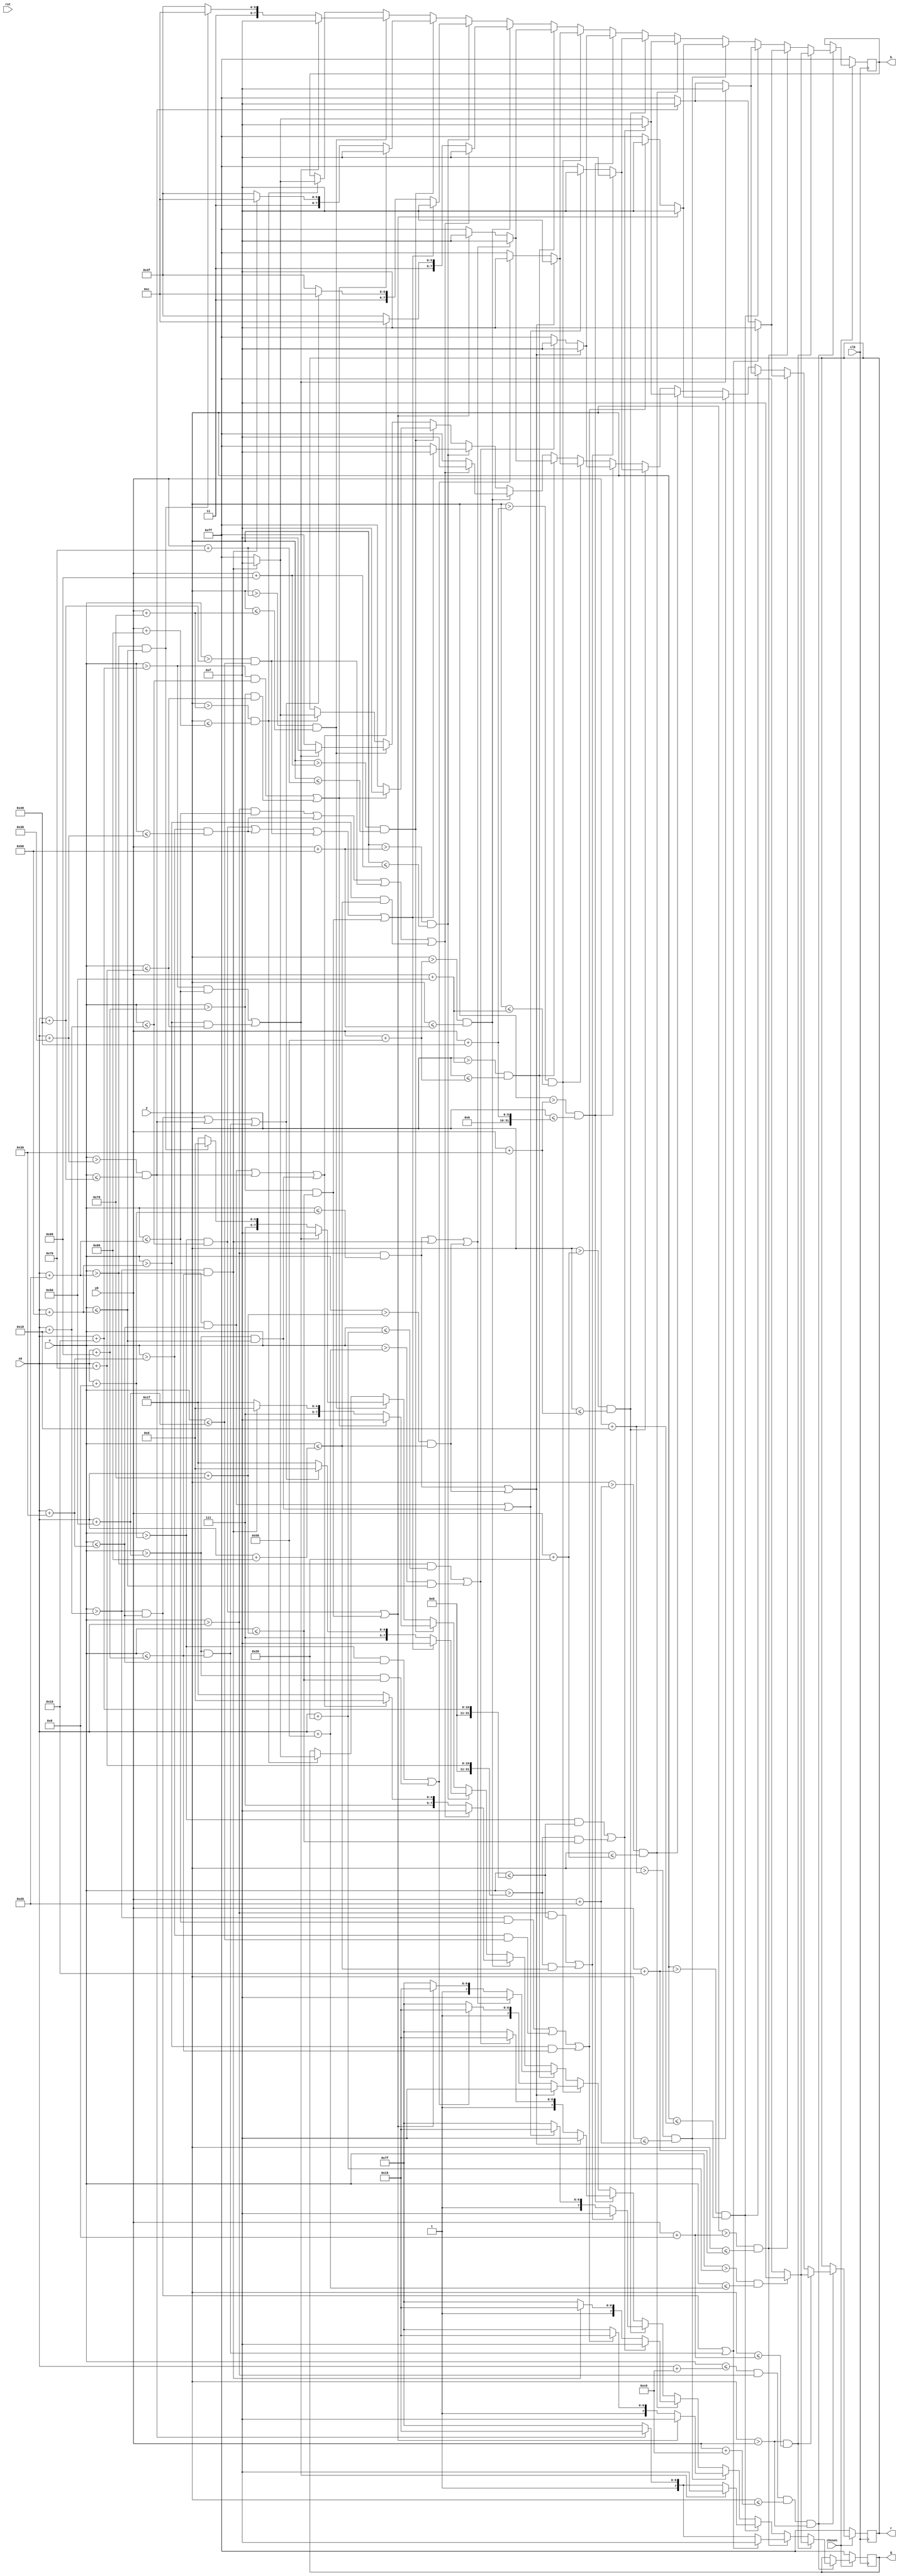
module mushroom(clk, rst, x, y, r, g, b, x0, y0, chosen);
	input clk, rst, chosen;
	input [9:0] x, x0;
	input [8:0] y, y0;
	output reg [7:0] r, g, b;
	
	parameter scale = 8;
	
	//16 * 16  scale parameter: 12  --> 192*192

	always @(posedge clk) begin
		if(chosen) begin
			if(x <= x0 + 10'b0011001000 & x > x0 & y <= y0 + 9'b011001000 & y > y0) begin
				if(y > y0 & y <= y0 + scale) begin
					if(x > x0 + 5*scale & x <= x0 + 11*scale) begin
						r <= 8'b00001111;
						g <= 8'b00001111;
						b <= 8'b00001111;
					end else begin
						r <= 8'b11111111;
						g <= 8'b11111111;
						b <= 8'b11111111;
					end
				end else if (y > y0 + scale & y <= y0 + 2*scale) begin
					if((x > x0 + 3*scale & x <= x0 + 6*scale) | (x > x0 + 10*scale & x <= x0 + 13*scale)) begin
						r <= 8'b00001111;
						g <= 8'b00001111;
						b <= 8'b00001111;
					end else if (x > x0 + 7*scale & x <= x0 + 9*scale) begin
						r <= 8'b00001111;
						g <= 8'b10011001;
						b <= 8'b00001111;
					end else begin
						r <= 8'b11111111;
						g <= 8'b11111111;
						b <= 8'b11111111;
					end
				end else if (y > y0 + 2*scale & y <= y0 + 3*scale) begin
					if((x > x0 + 2*scale & x <= x0 + 4*scale) | (x > x0 + 12*scale & x <= x0 + 14*scale)) begin
						r <= 8'b00001111;
						g <= 8'b00001111;
						b <= 8'b00001111;
					end else if (x > x0 + 7*scale & x <= x0 + 9*scale) begin
						r <= 8'b00001111;
						g <= 8'b10011001;
						b <= 8'b00001111;
					end else begin
						r <= 8'b11111111;
						g <= 8'b11111111;
						b <= 8'b11111111;
					end
				end else if (y > y0 + 3*scale & y <= y0 + 4*scale) begin
					if((x > x0 + scale & x <= x0 + 3*scale) | (x > x0 + 13*scale & x <= x0 + 15*scale)) begin
						r <= 8'b00001111;
						g <= 8'b00001111;
						b <= 8'b00001111;
					end else if ((x > x0 + 3*scale & x <= x0 + 4*scale) | (x > x0 + 6*scale & x <= x0 + 10*scale) | (x > x0 + 12*scale & x <= x0 + 13*scale)) begin
						r <= 8'b00001111;
						g <= 8'b10011001;
						b <= 8'b00001111;
					end else begin
						r <= 8'b11111111;
						g <= 8'b11111111;
						b <= 8'b11111111;
					end
				end else if (y > y0 + 4*scale & y <= y0 + 5*scale) begin
					if((x > x0 + scale & x <= x0 + 2*scale) | (x > x0 + 14*scale & x <= x0 + 15*scale)) begin
						r <= 8'b00001111;
						g <= 8'b00001111;
						b <= 8'b00001111;
					end else if (x > x0 + 3*scale & x <= x0 + 13*scale) begin
						r <= 8'b00001111;
						g <= 8'b10011001;
						b <= 8'b00001111;
					end else begin
						r <= 8'b11111111;
						g <= 8'b11111111;
						b <= 8'b11111111;
					end
				end else if (y > y0 + 5*scale & y <= y0 + 6*scale) begin
					if((x > x0 & x <= x0 + 2*scale) | (x > x0 + 14*scale & x <= x0 + 16*scale)) begin
						r <= 8'b00001111;
						g <= 8'b00001111;
						b <= 8'b00001111;
					end else if ((x > x0 + 4*scale & x <= x0 + 6*scale) | (x > x0 + 10*scale & x <= x0 + 12*scale)) begin
						r <= 8'b00001111;
						g <= 8'b10011001;
						b <= 8'b00001111;
					end else begin
						r <= 8'b11111111;
						g <= 8'b11111111;
						b <= 8'b11111111;
					end
				end else if (y > y0 + 6*scale & y <= y0 + 9*scale) begin
					if((x > x0 & x <= x0 + 1*scale) | (x > x0 + 15*scale & x <= x0 + 16*scale)) begin
						r <= 8'b00001111;
						g <= 8'b00001111;
						b <= 8'b00001111;
					end else if ((x > x0 + 4*scale & x <= x0 + 5*scale) | (x > x0 + 11*scale & x <= x0 + 12*scale)) begin
						r <= 8'b00001111;
						g <= 8'b10011001;
						b <= 8'b00001111;
					end else begin
						r <= 8'b11111111;
						g <= 8'b11111111;
						b <= 8'b11111111;
					end
				end else if (y > y0 + 9*scale & y <= y0 + 10*scale) begin
					if((x > x0 & x <= x0 + 1*scale) | (x > x0 + 15*scale & x <= x0 + 16*scale)) begin
						r <= 8'b00001111;
						g <= 8'b00001111;
						b <= 8'b00001111;
					end else if ((x > x0 + scale & x <= x0 + 6*scale) | (x > x0 + 10*scale & x <= x0 + 15*scale)) begin
						r <= 8'b00001111;
						g <= 8'b10011001;
						b <= 8'b00001111;
					end else begin
						r <= 8'b11111111;
						g <= 8'b11111111;
						b <= 8'b11111111;
					end
				end else if (y > y0 + 10*scale & y <= y0 + 11*scale) begin
					if((x > x0 & x <= x0 + 1*scale) | (x > x0 + 3*scale & x <= x0 + 13*scale) | (x > x0 + 15*scale & x <= x0 + 16*scale)) begin
						r <= 8'b00001111;
						g <= 8'b00001111;
						b <= 8'b00001111;
					end else if ((x > x0 + scale & x <= x0 + 3*scale) | (x > x0 + 13*scale & x <= x0 + 15*scale)) begin
						r <= 8'b00001111;
						g <= 8'b10011001;
						b <= 8'b00001111;
					end else begin
						r <= 8'b11111111;
						g <= 8'b11111111;
						b <= 8'b11111111;
					end
				end else if (y > y0 + 11*scale & y <= y0 + 12*scale) begin
					if((x > x0 & x <= x0 + 4*scale) | (x > x0 + 6*scale & x <= x0 + 7*scale) | (x > x0 + 9*scale & x <= x0 + 10*scale) | (x > x0 + 12*scale & x <= x0 + 16*scale)) begin
						r <= 8'b00001111;
						g <= 8'b00001111;
						b <= 8'b00001111;
					end else if ((x > x0 + 4*scale & x <= x0 + 6*scale) | (x > x0 + 7*scale & x <= x0 + 9*scale) | (x > x0 + 10*scale & x <= x0 + 12*scale)) begin
						r <= 8'b11111111; // face meat
						g <= 8'b11101101;
						b <= 8'b11001100;
					end else begin
						r <= 8'b11111111;
						g <= 8'b11111111;
						b <= 8'b11111111;
					end
				end else if (y > y0 + 12*scale & y <= y0 + 13*scale) begin
					if((x > x0 + scale & x <= x0 + 3*scale) | (x > x0 + 6*scale & x <= x0 + 7*scale) | (x > x0 + 9*scale & x <= x0 + 10*scale) | (x > x0 + 13*scale & x <= x0 + 15*scale)) begin
						r <= 8'b00001111;
						g <= 8'b00001111;
						b <= 8'b00001111;
					end else if ((x > x0 + 3*scale & x <= x0 + 6*scale) | (x > x0 + 7*scale & x <= x0 + 9*scale) | (x > x0 + 10*scale & x <= x0 + 13*scale)) begin
						r <= 8'b11111111; // face meat
						g <= 8'b11101101;
						b <= 8'b11001100;
					end else begin
						r <= 8'b11111111;
						g <= 8'b11111111;
						b <= 8'b11111111;
					end
				end else if (y > y0 + 13*scale & y <= y0 + 14*scale) begin
					if((x > x0 + 2*scale & x <= x0 + 3*scale) | (x > x0 + 13*scale & x <= x0 + 14*scale)) begin
						r <= 8'b00001111;
						g <= 8'b00001111;
						b <= 8'b00001111;
					end else if (x > x0 + 3*scale & x <= x0 + 13*scale) begin
						r <= 8'b11111111; // face meat
						g <= 8'b11101101;
						b <= 8'b11001100;
					end else begin
						r <= 8'b11111111;
						g <= 8'b11111111;
						b <= 8'b11111111;
					end
				end else if (y > y0 + 14*scale & y <= y0 + 15*scale) begin
					if((x > x0 + 2*scale & x <= x0 + 4*scale) | (x > x0 + 12*scale & x <= x0 + 14*scale)) begin
						r <= 8'b00001111;
						g <= 8'b00001111;
						b <= 8'b00001111;
					end else if (x > x0 + 4*scale & x <= x0 + 12*scale) begin
						r <= 8'b11111111; // face meat
						g <= 8'b11101101;
						b <= 8'b11001100;
					end else begin
						r <= 8'b11111111;
						g <= 8'b11111111;
						b <= 8'b11111111;
					end
				end else if (y > y0 + 15*scale & y <= y0 + 16*scale) begin
					if(x > x0 + 3*scale & x <= x0 + 13*scale) begin
						r <= 8'b00001111;
						g <= 8'b00001111;
						b <= 8'b00001111;
					end else begin
						r <= 8'b11111111;
						g <= 8'b11111111;
						b <= 8'b11111111;
					end
				end
			end 
		end else begin
			r <= 8'b11111111;
			g <= 8'b11111111;
			b <= 8'b11111111;
		end
	end 
	
endmodule